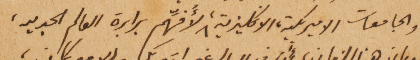
والجامعات الاميركية، الانكليزية، لأُفهِّم برابرة العالم الجديد،